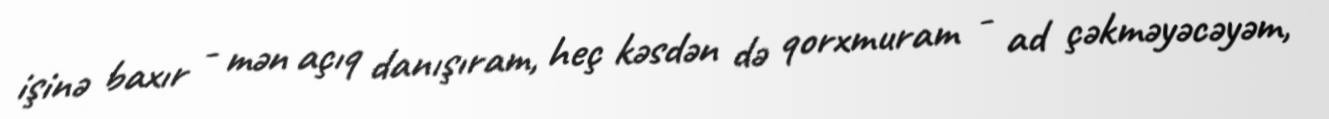
işinə baxır - mən açıq danışıram, heç kəsdən də qorxmuram - ad çəkməyəcəyəm,